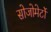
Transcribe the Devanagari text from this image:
सोजोमेर्टो